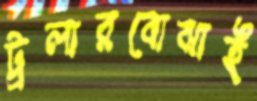
ট্রলারবোঝাই